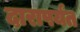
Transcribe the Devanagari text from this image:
दारापर्यंत